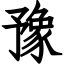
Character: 豫